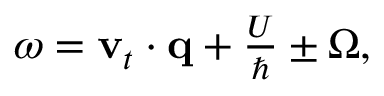
\begin{array} { r } { \omega = { \bf v } _ { t } \cdot { \bf q } + \frac { U } { \hbar } \pm \Omega , } \end{array}